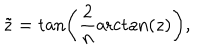
\tilde { z } = \tan \left( \frac { 2 } { n } \mathrm { a r c t a n } ( z ) \right) ,